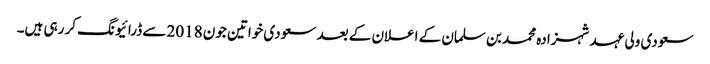
سعودی ولی عہد شہزادہ محمد بن سلمان کے اعلان کے بعد سعودی خواتین جون 2018 سے ڈرائیونگ کر رہی ہیں۔